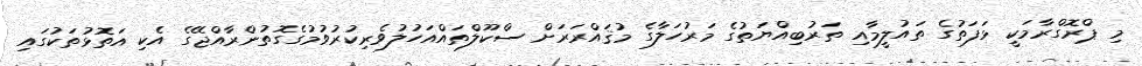
މި ޕްރޮގްރާމަކީ ޅަފަތުގެ ތައުލީމާއި ތަރުބިއްޔަތުގެ މަރުހަލާގެ މުޤައްރަރަށް ސްކޫލްތައްއަހުލުވެރިކުރުވުމުގެގޮތުންރާއްޖޭގެ އެކި އަތޮޅުތަކުގައި